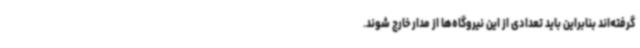
گرفته‌اند بنابراین باید تعدادی از این نیروگاه‌ها از مدار خارج شوند.